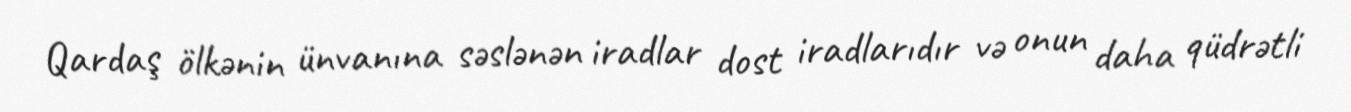
Qardaş ölkənin ünvanına səslənən iradlar dost iradlarıdır və onun daha qüdrətli